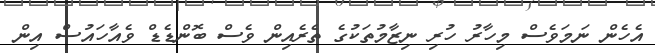
އެހެން ނަމަވެސް މިހާރު ހުރި ނިޒާމުތަކުގެ ތެރެއިން ވެސް ބޮންޑެޑް ވެއާހައުސް އިން